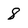
Character: 8